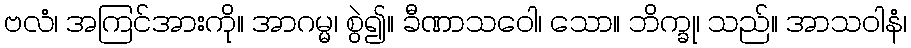
ဗလံ၊ အကြင်အားကို။ အာဂမ္မ၊ စွဲ၍။ ခီဏာသဝေါ၊ သော။ ဘိက္ခု၊ သည်။ အာသဝါနံ၊